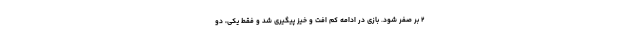
۲ بر صفر شود. بازی در ادامه کم افت و خیز پیگیری شد و فقط یکی، دو